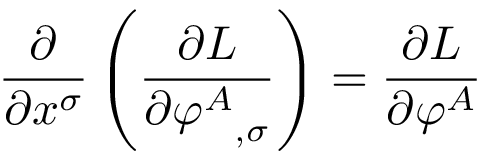
{ \frac { \partial } { \partial x ^ { \sigma } } } \left( { \frac { \partial L } { \partial { \varphi ^ { A } } _ { , \sigma } } } \right) = { \frac { \partial L } { \partial \varphi ^ { A } } }